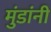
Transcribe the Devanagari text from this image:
मुंडांनी